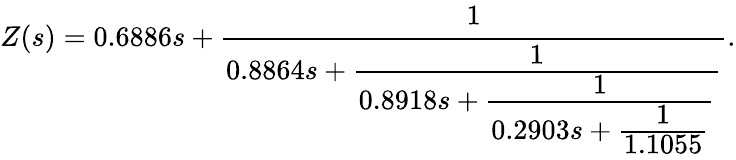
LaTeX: Z(s)=0.6886s+\cfrac{1}{0.8864s+\cfrac{1}{0.8918s+\cfrac{1}{0.2903s+\cfrac{1}{1.1055}}}}.